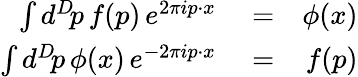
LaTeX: \begin{array}{rlr}{\int d^{D}\! p\, f(p)\, e^{2\pi ip\cdot x}}&{{}=}&{\phi(x)}\\ {\int d^{D}\! p\, \phi(x)\, e^{-2\pi ip\cdot x}}&{{}=}&{f(p)}\end{array}